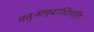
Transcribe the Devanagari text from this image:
चतुःसमुद्राधिपति